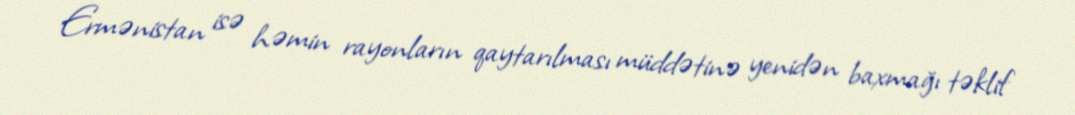
Ermənistan isə həmin rayonların qaytarılması müddətinə yenidən baxmağı təklif